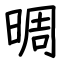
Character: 晭